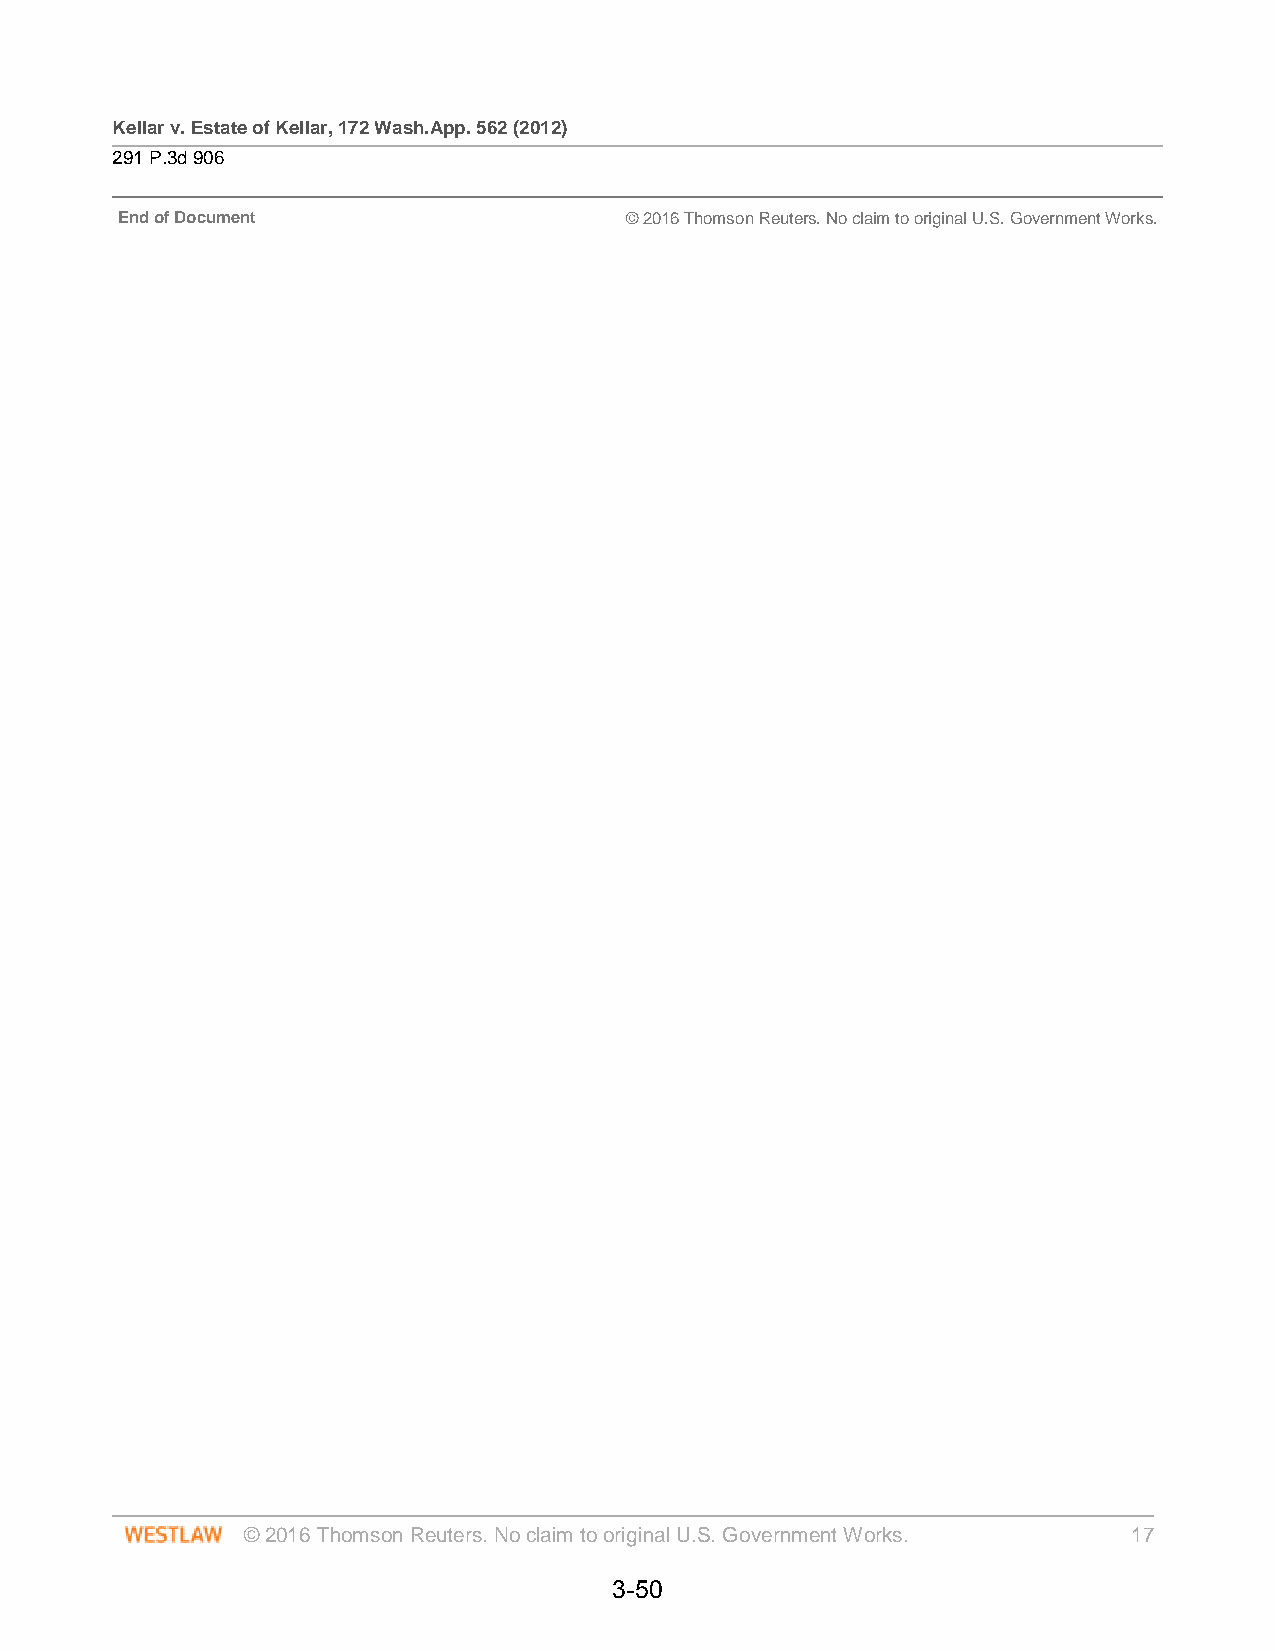
Kellar v. Estate of Kellar, 172 Wash.App. 562 (2012)
 291 P.3d 906
 End of Document                  © 2016 Thomson Reuters. No claim to original U.S. Government Works.
 © 2016 Thomson Reuters. No claim to original U.S. Government Works. 17
 3-50